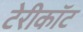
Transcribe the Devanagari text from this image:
टेरीकॉट